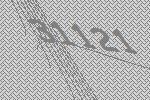
31121